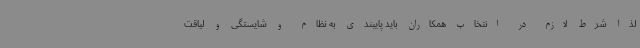
لذا شرط لازم در انتخاب همکاران باید پایبندی به نظام و شایستگی و لیاقت